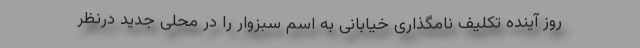
روز آینده تکلیف نامگذاری خیابانی به اسم سبزوار را در محلی جدید درنظر